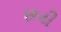
છની